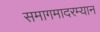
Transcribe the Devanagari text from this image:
समागमादरम्यान